Code of medical and sanitary regulations for the guidance of medical officers serving in the Madras Presidency - Volume I
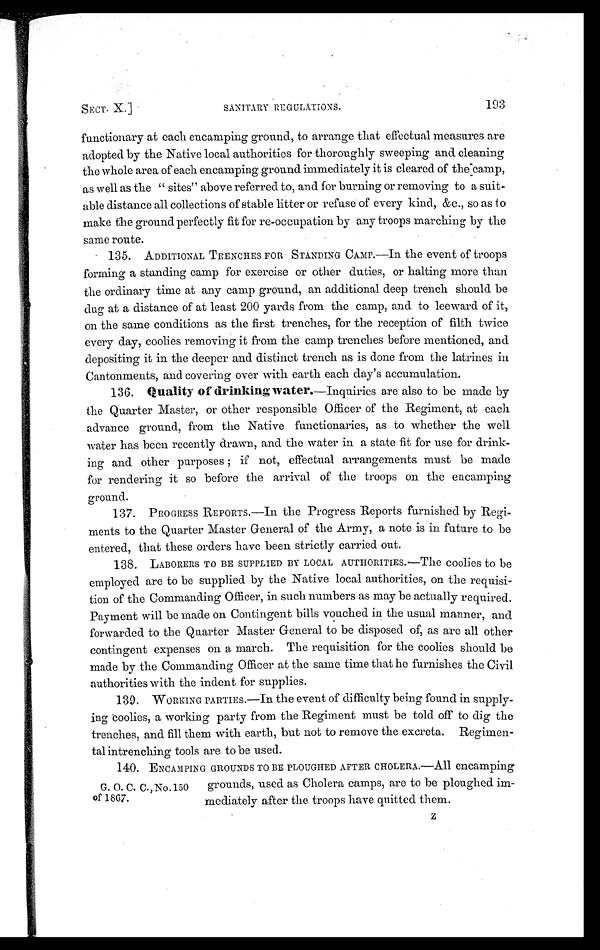
SECT. X.] SANITARY REGULATIONS. 19
functionary at each encamping ground, to arrange that effectual measures are
adopted by the Native local authorities for thoroughly sweeping and cleaning
the whole area of each encamping ground immediately it is cleared of the camp
as well as the " sites" above referred to, and for burning or removing to a suit
-able distance all collections of stable litter or refuse-of every kind, &c., so as to
make the ground perfectly fit for re-occupation by any troops marching by the
same route.
135. ADDITIONAL TRENCHES FOR STANDING CAMP.—In the event of troop
forming a standing camp for exercise or other duties, or halting more that
the ordinary time at any camp ground, an additional deep trench should be
dug at a distance of at least 200 yards from the camp, and to leeward of it
on the same conditions as the first trenches, for the reception of filth twice
every day, coolies removing it from the camp trenches before mentioned, and
depositing it in the deeper and distinct trench as is done from the latrines in
Cantonments, and covering over with earth each day's accumulation.
136. Quality of drinking water. —Inquiries are also to be made by
the Quarter Master, or other responsible Officer of the Regiment, at each
advance ground, from the Native functionaries, as to whether the we
water has been recently drawn, and the water in a state fit for use for drin
k - i n g a n d o t h e r p u r p o s e s ; i f n o t , e f f e c t u a l a r r a n g e m e n t s m u s t b e m a d
for rendering it so before the arrival of the troops on the encampin
ground.
137. PROGRESS REPORTS.—In the Progress Reports furnished by Reg
ments to the Quarter Master General of the Army, a note is in future to be
entered, that these orders have been strictly carried out.
138. LABORERS TO BE SUPPLIED BY LOCAL AUTHORITIES.—The coolies to be
employed are to be supplied by the Native local authorities, on the requis
ition of the Commanding Officer, in such numbers as may be actually required.
Payment will be made on Contingent bills vouched in the usual manner, an
forwarded to the Quarter Master General to be disposed of, as are all other
contingent expenses on a march. The requisition for the coolies should be
made by the Commanding Officer at the same time that he furnishes the Civil
authorities with the indent for supplies.
139. WORKING PARTIES.—In the event of difficulty being found in supply
ing coolies, a working party from the Regiment must be told off to dig the
trenches, and fill them with earth, but not to remove the excreta. Regime
n - t a l i n t r e n c h i n g t o o l s a r e t o b e u s e d .
140. ENCAMPING GROUNDS TO BE PLOUGHED AFTER CHOLERA.—All encamping
grounds, used as Cholera camps, are to be ploughed im-
mediately after the troops have quitted them.
G. O. C.,No.150
of 1867.
Z